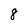
Character: 8